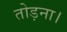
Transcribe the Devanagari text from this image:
तोड़ना।